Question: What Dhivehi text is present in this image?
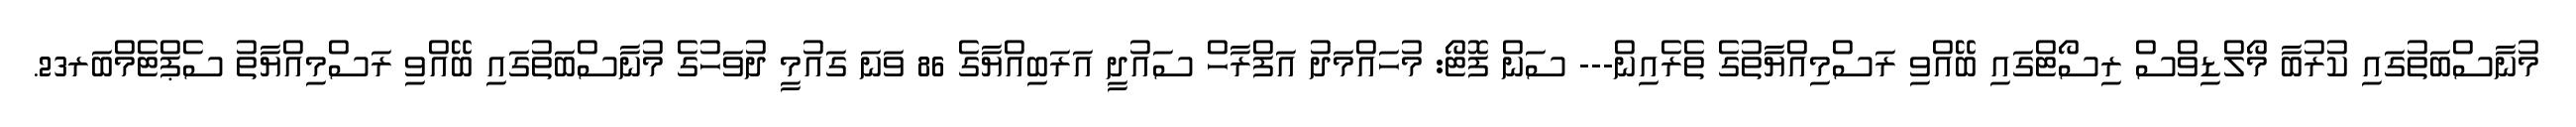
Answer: މުނާސްބަތުގައި ކުރުބާ މޯލްޑިވްސް ރިސޯޓްގައި ބޭއްވި ރަސްމިއްޔާތުގެ ތެރެއިން--- ސަން ފޮޓޯ: މުހައްމަދު އަފްރާހް ސައުދީ އަރަބިއްޔާގެ 86 ވަނަ ގައުމީ ދުވަހުގެ މުނާސްބަތުގައި ބޭއްވި ރަސްމިއްޔާތު ސެޕްޓެމްބަރ23.